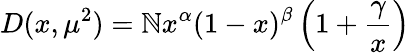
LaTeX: D(x,\mu^{2})=\mathbb{N}x^{\alpha}(1-x)^{\beta}\left(1+\frac{{\gamma}}{{x}}\right)